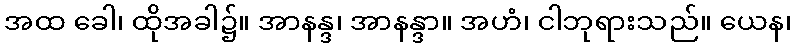
အထ ခေါ၊ ထိုအခါ၌။ အာနန္ဒ၊ အာနန္ဒာ။ အဟံ၊ ငါဘုရားသည်။ ယေန၊